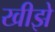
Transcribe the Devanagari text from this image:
खीझे